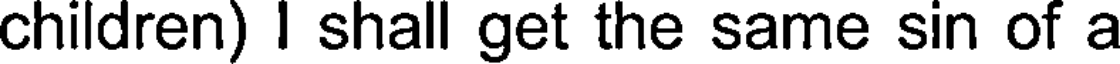
children) I shall get the same sin of a